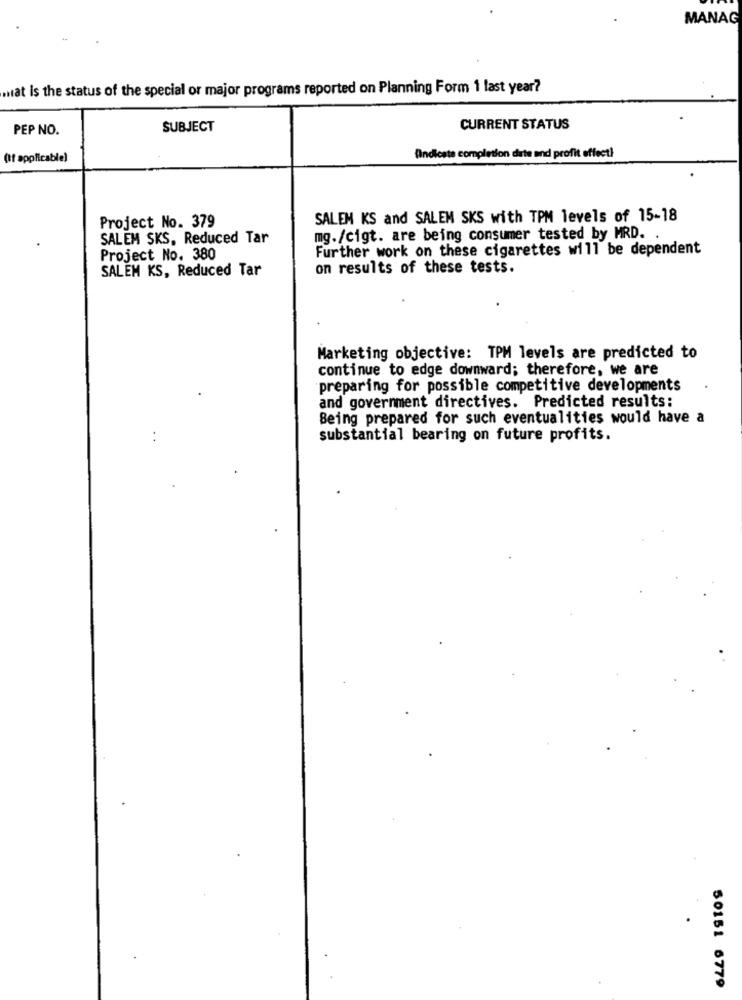
MANAG
wat Is the status of the special or major programs reported on Planning Form 1 last year?
PEP NO.
SUBJECT
CURRENT STATUS
(if applicable)
Aindicate completion date and profit effect!
SALEM KS and SALEM SKS with TPM levels of 15-18
Project No. 379
SALEM SKS, Reduced Tar
mg./cigt. are being consumer tested by MRD.
Further work on these cigarettes will be dependent
Project No. 380
SALEM KS, Reduced Tar
on results of these tests.
Marketing objective: TPM levels are predicted to
continue to edge downward; therefore, we are
preparing for possible competitive developments
and government directives. Predicted results:
Being prepared for such eventualities would have a
substantial bearing on future profits.
50151 6779